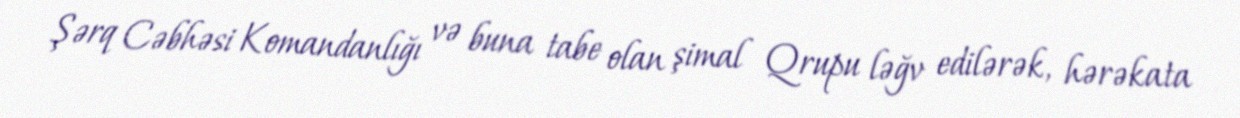
Şərq Cəbhəsi Komandanlığı və buna tabe olan şimal Qrupu ləğv edilərək, hərəkata